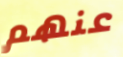
عنهم